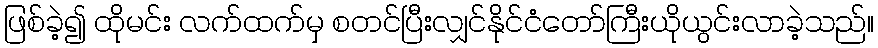
ဖြစ်ခဲ့၍ ထိုမင်း လက်ထက်မှ စတင်ပြီးလျှင်နိုင်ငံတော်ကြီးယိုယွင်းလာခဲ့သည်။